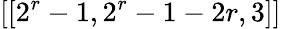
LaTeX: [[2^{r}-1,2^{r}-1-2r,3]]